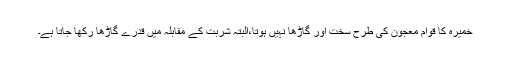
خمیرہ کا قوام معجون کی طرح سخت اور گاڑھا نہیں ہوتا،البتّہ شربت کے مقابلہ میں قدرے گاڑھا رکھا جاتا ہے۔